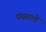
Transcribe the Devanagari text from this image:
पंचतत्वे